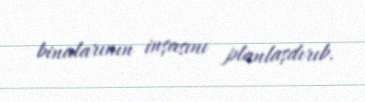
binalarının inşasını planlaşdırıb.